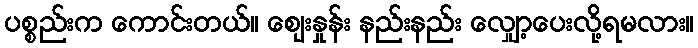
ပစ္စည်းက ကောင်းတယ်။ ဈေးနှုန်း နည်းနည်း လျှော့ပေးလို့ရမလား။